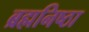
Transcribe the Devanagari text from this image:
ब्रह्मनिष्ठा